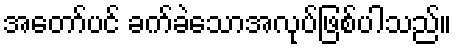
အတော်ပင် ခက်ခဲသောအလုပ်ဖြစ်ပါသည်။